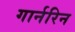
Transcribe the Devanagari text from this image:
गार्नरिन